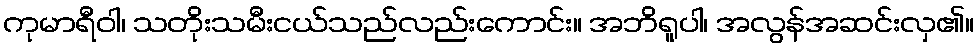
ကုမာရီဝါ၊ သတိုးသမီးငယ်သည်လည်းကောင်း။ အဘိရူပါ၊ အလွန်အဆင်းလှ၏။